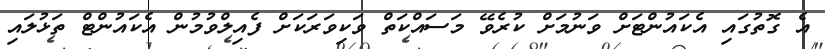
އެ ގޮތުގައި އެކައުންޓަށް ވަނުމަށް ކުރެވޭ މަސައްކަތް ވަކިވަރަކަށް ފެއިލްވުމުން އެކައުންޓް ތަޅުލައި